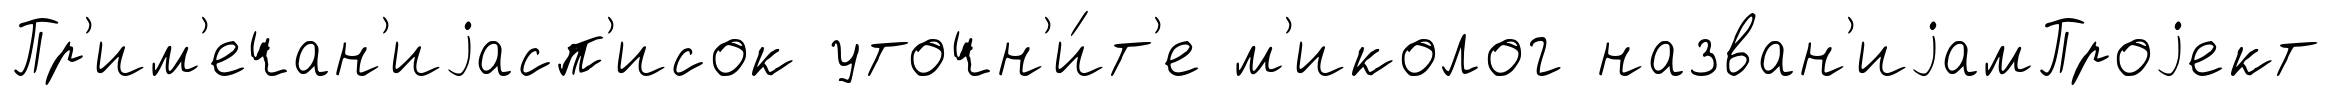
Пр'им'ечан'иjасп'исок уточн'и́т'е м'иколог назван'иjамПроjект